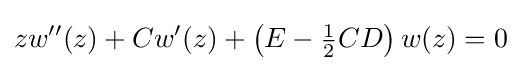
zw''(z)+Cw'(z)+\left(E-{\tfrac {1}{2}}CD\right)w(z)=0